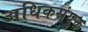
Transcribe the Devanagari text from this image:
अधिकसंयुक्त